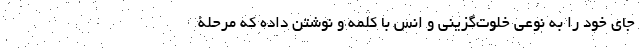
جای خود را به نوعی خلوت‌گزینی و انس با کلمه و نوشتن داده که مرحلۀ